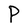
Character: P